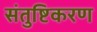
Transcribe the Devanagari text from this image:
संतुष्टिकरण